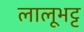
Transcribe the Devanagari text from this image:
लालूभट्ट